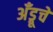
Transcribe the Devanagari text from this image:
अँड्रूचे